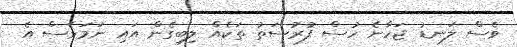
ވެސް ލަނޑު ޖަހާނެ ހުސް ފުރުސަތު ތަކެއް ލިބިގެން އައި ނަމަވެސް އެ